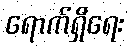
ရောက်ရှိရေး